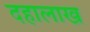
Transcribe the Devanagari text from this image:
दहालाख